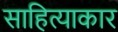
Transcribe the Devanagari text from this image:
साहित्याकार